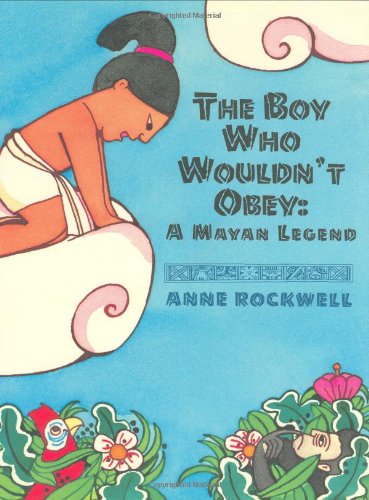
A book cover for The Boy Who Wouldn't Obey: A Mayan Legend; Anne Rockwell; Children's Books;